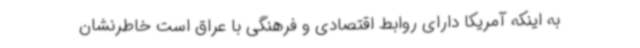
به اینکه آمریکا دارای روابط اقتصادی و فرهنگی با عراق است خاطرنشان